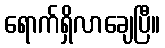
ရောက်ရှိလာချေပြီ။